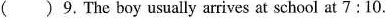
( ) 9.The boy usually arrives at school at 7:10.